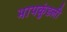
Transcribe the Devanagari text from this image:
भापकुंडली